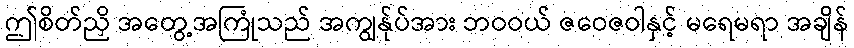
ဤစိတ်ညှိ အတွေ့အကြုံသည် အကျွန်ုပ်အား ဘဝဝယ် ဇဝေဇဝါနှင့် မရေမရာ အချိန်